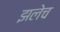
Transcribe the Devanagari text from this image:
झलेच